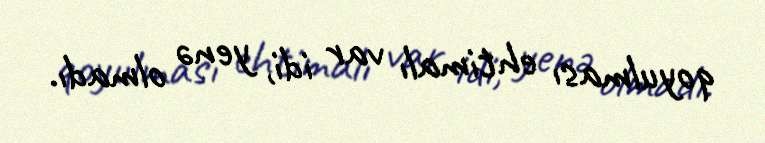
qoyulması ehtimalı var idi, yenə olmadı.